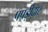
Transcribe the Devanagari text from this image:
पपड़ीदार